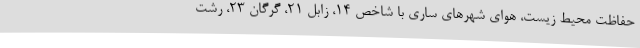
حفاظت محیط زیست، هوای شهرهای ساری با شاخص ۱۴، زابل ۲۱، گرگان ۲۳، رشت